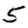
Digit: 5